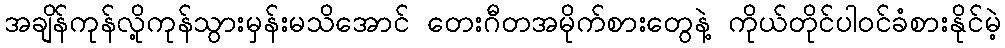
အချိန်ကုန်လို့ကုန်သွားမှန်းမသိအောင် တေးဂီတအမိုက်စားတွေနဲ့ ကိုယ်တိုင်ပါဝင်ခံစားနိုင်မဲ့